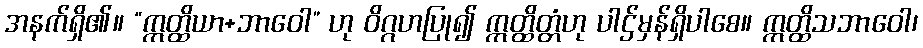
အနက်ရှိ၏။ “ဣတ္ထိယာ+ဘာဝေါ” ဟု ဝိဂ္ဂဟပြု၍ ဣတ္ထိတ္တံဟု ပါဌ်မှန်ရှိပါစေ။ ဣတ္ထိသဘာဝေါ၊